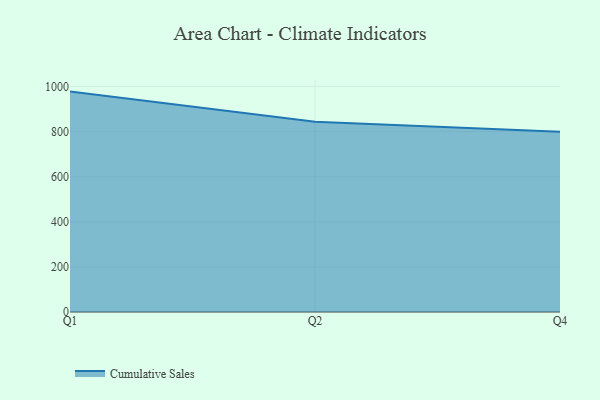
{"axis": {"x": "Quarter", "y": "Satisfaction Score"}, "legend": ["Cumulative Sales"], "data": [{"x": "Q1", "y": 977.8, "type": "Cumulative Sales"}, {"x": "Q2", "y": 844.4, "type": "Cumulative Sales"}, {"x": "Q4", "y": 800, "type": "Cumulative Sales"}]}